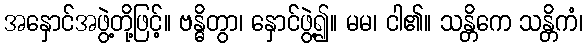
အနှောင်အဖွဲ့တို့ဖြင့်။ ဗန္ဓိတွာ၊ နှောင်ဖွဲ့၍။ မမ၊ ငါ၏။ သန္တိကေ သန္တိကံ၊